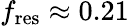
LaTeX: f_{\mathrm{res}}\approx 0.21